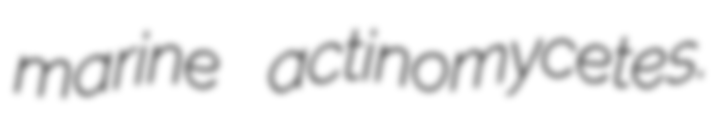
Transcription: marine actinomycetes.